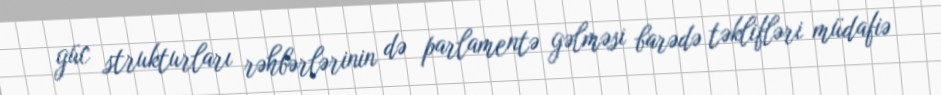
güc strukturları rəhbərlərinin də parlamentə gəlməsi barədə təklifləri müdafiə